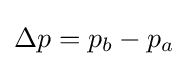
\Delta p=p_{b}-p_{a}